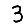
Digit: 3